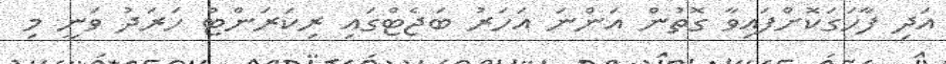
އަދި ފާހަގަކޮށްފައިވާ ގޮތުން އަންނަ އަހަރު ބަޖެޓްގައި ރިކަރަންޓް ހަރަދު ވަނީ މި